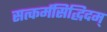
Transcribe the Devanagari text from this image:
सत्कर्मसिद्धिदम्